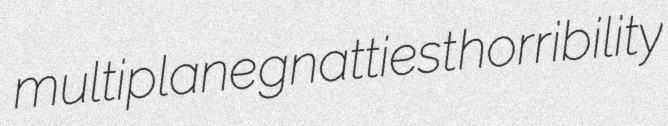
multiplane gnattiest horribility